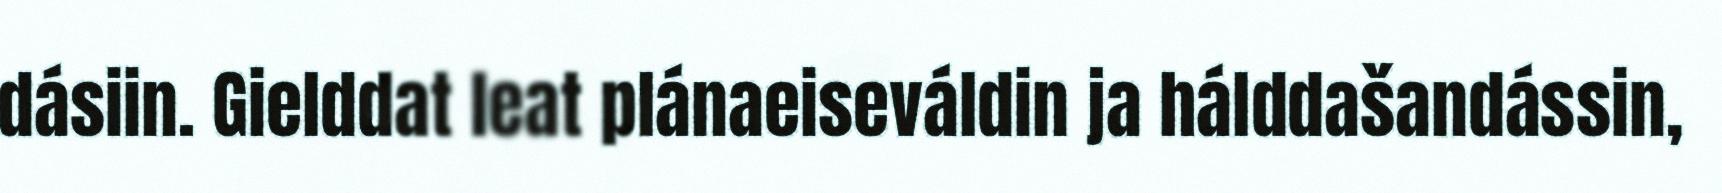
dásiin. Gielddat leat plánaeiseváldin ja hálddašandássin,